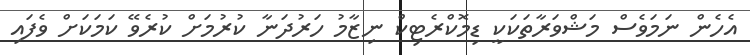
އެހެން ނަމަވެސް މަޝްވަރާތަކަކީ ޑިމޮކްރެޓިކް ނިޒާމު ހަރުދަނާ ކުރުމަށް ކުރެވޭ ކަމަކަށް ވެފައި